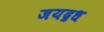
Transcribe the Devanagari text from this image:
जयद्रध